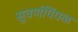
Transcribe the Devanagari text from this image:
सुवर्णपिंपळ